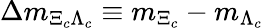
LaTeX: \Delta m_{\Xi_{c}\Lambda_{c}}\equiv m_{\Xi_{c}}-m_{\Lambda_{c}}